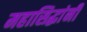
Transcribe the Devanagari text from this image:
महासिद्धांनी